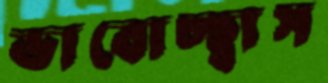
ভাবোচ্ছ্বাস